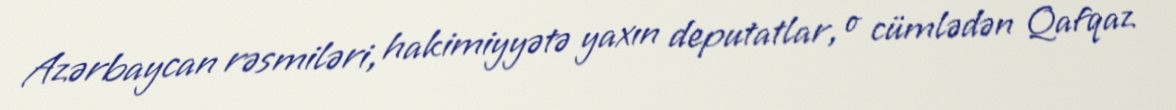
Azərbaycan rəsmiləri, hakimiyyətə yaxın deputatlar, o cümlədən Qafqaz